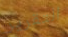
التقرير